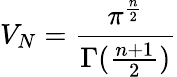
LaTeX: V_{N}=\frac{\pi^{\frac{n}{2}}}{\Gamma(\frac{n+1}{2})}